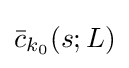
{\bar {c}}_{k_{0}}(s;L)